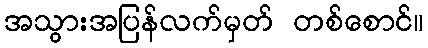
အသွားအပြန်လက်မှတ် တစ်စောင်။